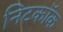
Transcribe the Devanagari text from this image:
निटकॉक